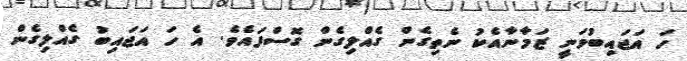
ހަ އަޖައިބުވަނީ ޒަމާނާއެކު ނެތިގެން ގެއްލިގެން ގޮސްފައެވެ. އެ ހަ އަޖައިބު ގެއްލިގެން